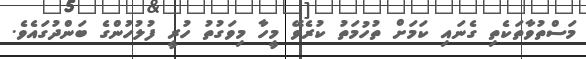
މަސްތުވާތަކެތި ގެނައި ކަމަށް ތުހުމަތު ކުރެވޭ މީހާ މިވަގުތު ހުރީ ފުލުހުންގެ ބަންދުގައެވެ.